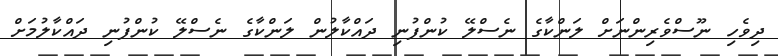
ދިވެހި ނޫސްވެރިންނަށް ލަންކާގެ ނެސްލޭ ކުންފުނި ދައްކާލުން ލަންކާގެ ނެސްލޭ ކުންފުނި ދައްކާލުމަށް